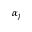
\alpha _ { j }